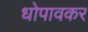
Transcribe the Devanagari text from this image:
धोपावकर